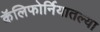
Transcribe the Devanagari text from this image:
कॅलिफोर्नियातल्या